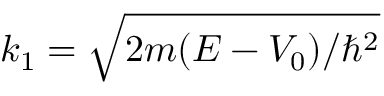
k _ { 1 } = { \sqrt { 2 m ( E - V _ { 0 } ) / \hbar ^ { 2 } } }